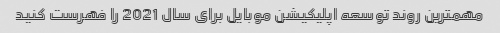
مهمترین روند توسعه اپلیکیشن موبایل برای سال 2021 را فهرست کنید